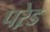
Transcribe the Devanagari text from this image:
परे़ड